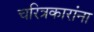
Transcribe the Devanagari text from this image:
चरित्रकारांना